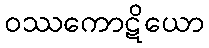
ဝဿကောဋိယော